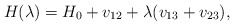
\begin{align*} H(\lambda) = H_0 + v_{12} + \lambda (v_{13} + v_{23}) ,\end{align*}